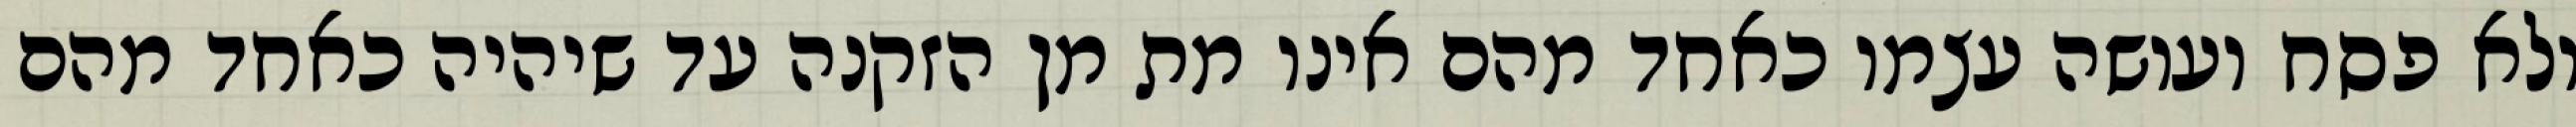
ולא פסח ועושה עצמו כאחד מהם אינו מת מן הזקנה עד שיהיה כאחד מהם